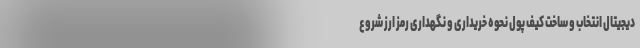
دیجیتال انتخاب و ساخت کیف پول نحوه خریداری و نگهداری رمز ارز شروع